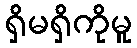
ရှိမရှိကိုမူ